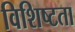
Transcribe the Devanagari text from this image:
विशिष्‍टता